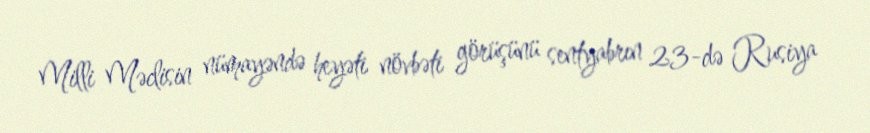
Milli Məclisin nümayəndə heyəti növbəti görüşünü sentyabrın 23-də Rusiya